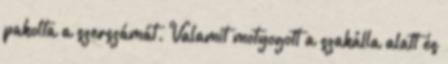
pakolta a szerszámát. Valamit motyogott a szakálla alatt és